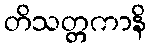
တိသတ္တကာနိ